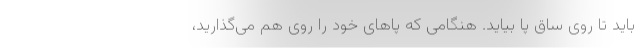
باید تا روی ساق پا بیاید. هنگامی که پاهای خود را روی هم می‌گذارید،